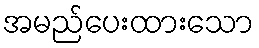
အမည်ပေးထားသော